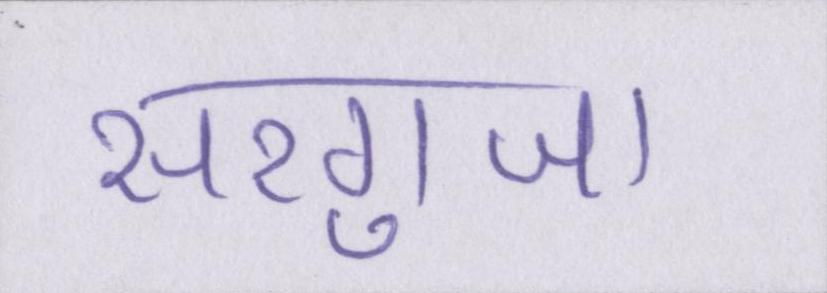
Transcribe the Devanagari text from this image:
सरगुजा